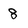
Character: 8